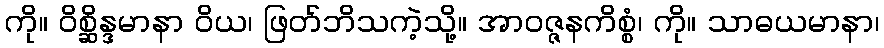
ကို။ ဝိစ္ဆိန္ဒမာနာ ဝိယ၊ ဖြတ်ဘိသကဲ့သို့။ အာဝဇ္ဇနကိစ္စံ၊ ကို။ သာဓယမာနာ၊